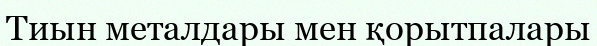
Тиын металдары мен қорытпалары